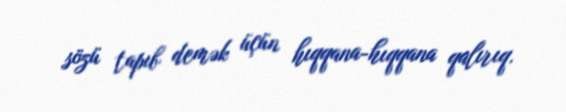
sözü tapıb demək üçün hıqqana-hıqqana qalırıq.